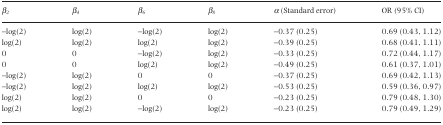
<table><thead><tr><td><b>β<sub>2</sub></b></td><td><b>β<sub>4</sub></b></td><td><b>β<sub>6</sub></b></td><td><b>β<sub>8</sub></b></td><td><b>α <i>(Standard error)</i></b></td><td><b><i>OR (95% CI)</i></b></td></tr></thead><tbody><tr><td>−log(2)</td><td>log(2)</td><td>−log(2)</td><td>log(2)</td><td>−0.37 (0.25)</td><td>0.69 (0.43, 1.12)</td></tr><tr><td>log(2)</td><td>log(2)</td><td>log(2)</td><td>log(2)</td><td>−0.39 (0.25)</td><td>0.68 (0.41, 1.11)</td></tr><tr><td>0</td><td>0</td><td>−log(2)</td><td>log(2)</td><td>−0.33 (0.25)</td><td>0.72 (0.44, 1.17)</td></tr><tr><td>0</td><td>0</td><td>log(2)</td><td>log(2)</td><td>−0.49 (0.25)</td><td>0.61 (0.37, 1.01)</td></tr><tr><td>−log(2)</td><td>log(2)</td><td>0</td><td>0</td><td>−0.37 (0.25)</td><td>0.69 (0.42, 1.13)</td></tr><tr><td>−log(2)</td><td>log(2)</td><td>log(2)</td><td>log(2)</td><td>−0.53 (0.25)</td><td>0.59 (0.36, 0.97)</td></tr><tr><td>log(2)</td><td>log(2)</td><td>0</td><td>0</td><td>−0.23 (0.25)</td><td>0.79 (0.48, 1.30)</td></tr><tr><td>log(2)</td><td>log(2)</td><td>−log(2)</td><td>log(2)</td><td>−0.23 (0.25)</td><td>0.79 (0.49, 1.29)</td></tr></tbody></table>